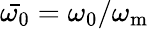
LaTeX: \bar{\omega_{\mathrm{0}}}=\omega_{\mathrm{0}}/\omega_{\mathrm{m}}